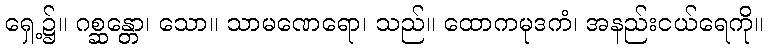
ရှေ့၌။ ဂစ္ဆန္တော၊ သော။ သာမဏေရော၊ သည်။ ထောကမုဒကံ၊ အနည်းငယ်ရေကို။